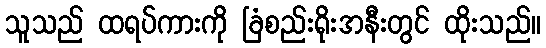
သူသည် ထရပ်ကားကို ခြံစည်းရိုးအနီးတွင် ထိုးသည်။